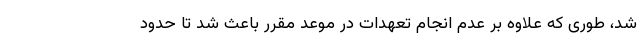
شد، طوری که علاوه بر عدم انجام تعهدات در موعد مقرر باعث شد تا حدود